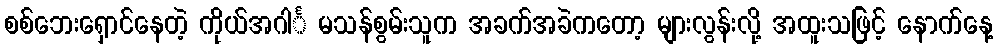
စစ်ဘေးရှောင်နေတဲ့ ကိုယ်အဂါင်္ မသန်စွမ်းသူက အခက်အခဲကတော့ များလွန်းလို့ အထူးသဖြင့် နောက်နေ့